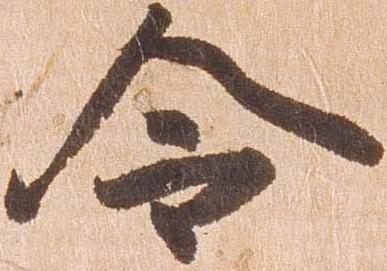
令